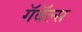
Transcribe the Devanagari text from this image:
गॅबॅल्स